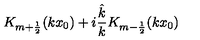
K _ { m + \frac 1 2 } ( k x _ { 0 } ) + i \frac { \hat { k } } { k } K _ { m - \frac 1 2 } ( k x _ { 0 } )